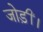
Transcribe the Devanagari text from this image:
जोड़ीं।